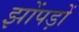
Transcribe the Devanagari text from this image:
झोंपड़ों